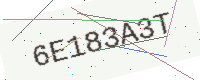
Text: 6E183A3T